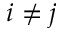
i \neq j